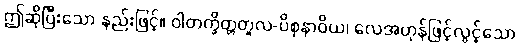
ဤဆိုပြီးသော နည်းဖြင့်။ ဝါတက္ခိတ္တတူလ-ပိစုနာဝိယ၊ လေအဟုန်ဖြင့်လွင့်သော